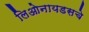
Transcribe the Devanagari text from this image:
लिओनायडसचे